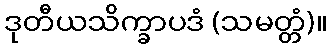
ဒုတီယသိက္ခာပဒံ (သမတ္တံ)။